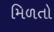
મિળતો